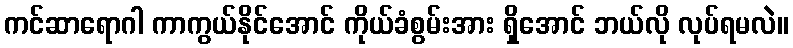
ကင်ဆာရောဂါ ကာကွယ်နိုင်အောင် ကိုယ်ခံစွမ်းအား ရှိအောင် ဘယ်လို လုပ်ရမလဲ။